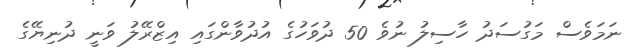
ނަމަވެސް މަގުސަދު ހާސިލު ނުވެ 50 ދުވަހުގެ އުދުވާންގައި އިޒްރޭލު ވަނީ ދުނިޔޭގެ